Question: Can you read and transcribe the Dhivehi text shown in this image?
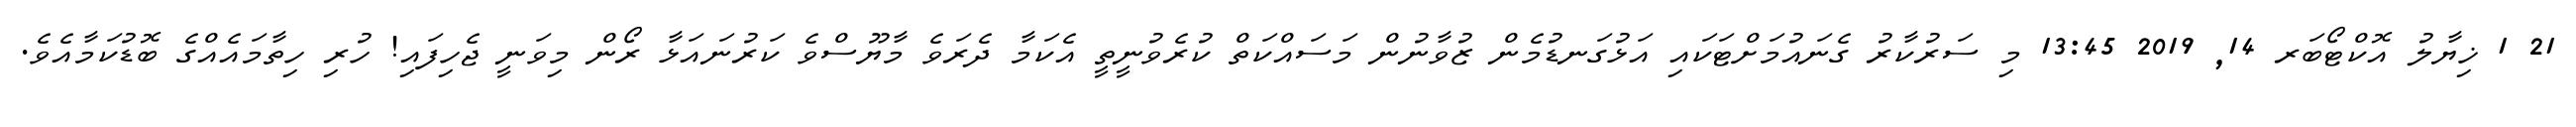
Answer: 21 1 ޚިޔާލު އޮކްޓޯބަރ 14, 2019 13:45 މި ސަރުކާރު ގެނައުމަށްޓަކައި އަޅުގަނޑުމެން ޒުވާނުން މަސައްކަތް ކުރެވުނީތީ އެކަމާ ދެރަވެ މާޔޫސްވެ ކަރުނައަޅާ ރޯން މިވަނީ ޖެހިފައި! ހުރި ހިތާމައެއްގެ ބޮޑުކަމާއެވެ.